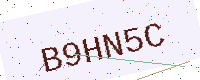
Text: B9HN5C